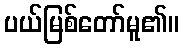
ပယ်မြစ်တော်မူ၏။